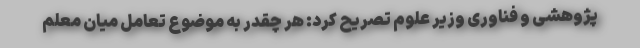
پژوهشی و فناوری وزیر علوم تصریح کرد: هر چقدر به موضوع تعامل میان معلم